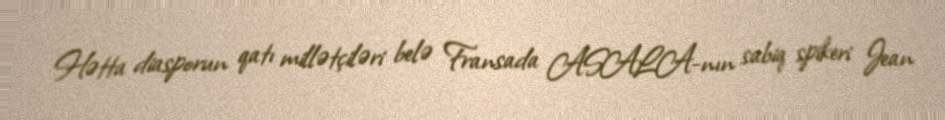
Hətta diasporun qatı millətçiləri belə Fransada ASALA-nın sabiq spikeri Jean